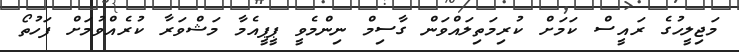
މަޖިލީހުގެ ރައީސް ކަމަށް ކުރިމަތިލައްވަން ގާސިމް ނިންމެވީ ޕީޕީއެމާ މަޝްވަރާ ކުރެއްވުމަށް ފަހުތޯ